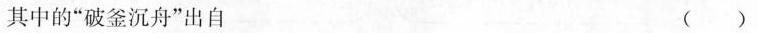
其中的”破釜沉舟”出自 ( )